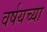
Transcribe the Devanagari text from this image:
वर्षयच्या